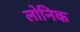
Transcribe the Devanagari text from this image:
लोनिक